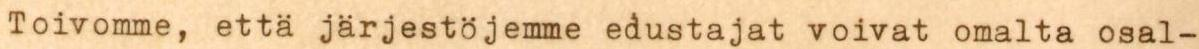
Toivomme, että järjestöjemme edustajat voivat omalta osal-